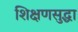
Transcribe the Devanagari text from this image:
शिक्षणसुद्धा